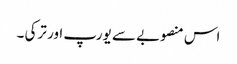
اس منصوبے سے یورپ اور ترکی ۔